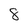
Character: 8